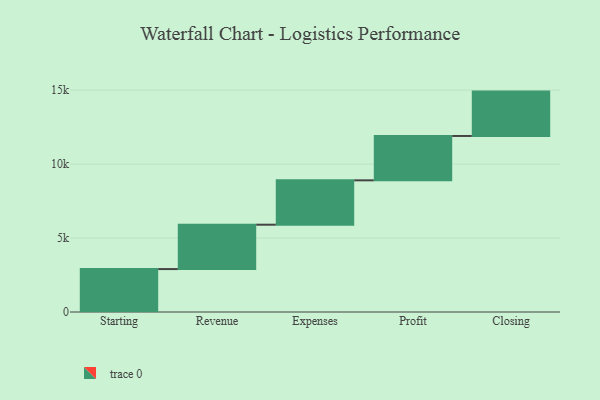
{"axis": {"x": "Step", "y": "Value"}, "legend": [""], "data": [{"x": "Starting", "y": 2903.0, "type": ""}, {"x": "Revenue", "y": 3000, "type": ""}, {"x": "Expenses", "y": 3000, "type": ""}, {"x": "Profit", "y": 3000, "type": ""}, {"x": "Closing", "y": 3000, "type": ""}]}